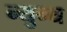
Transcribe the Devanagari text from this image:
न्युन्य